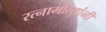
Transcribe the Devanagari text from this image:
रत्नामोत्यांनी